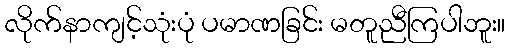
လိုက်နာကျင့်သုံးပုံ ပမာဏခြင်း မတူညီကြပါဘူး။